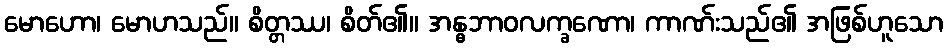
မောဟော၊ မောဟသည်။ စိတ္တဿ၊ စိတ်၏။ အန္ဓဘာဝလက္ခဏော၊ ကာဏ်းသည်၏ အဖြစ်ဟူသော